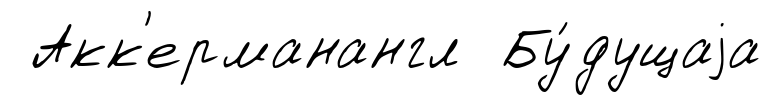
Акк'ерманангл Бу́дущаjа